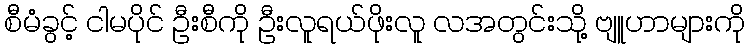
စီမံခွင့် ငါမပိုင် ဦးစီကို ဦးလူရယ်ဖိုးလူ လအတွင်းသို့ ဗျူဟာများကို